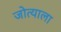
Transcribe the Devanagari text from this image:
जोत्याला